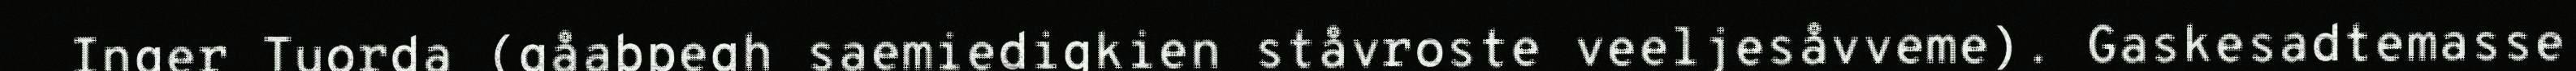
Inger Tuorda (gåabpegh saemiedigkien ståvroste veeljesåvveme). Gaskesadtemasse